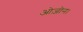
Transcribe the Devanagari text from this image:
ओज़ोन।